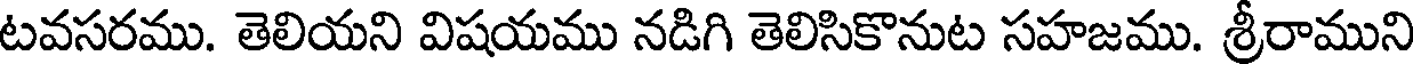
టవసరము. తెలియని విషయము నడిగి తెలిసికొనుట సహజము. శ్రీరాముని